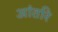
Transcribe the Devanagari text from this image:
आंतरि